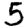
Digit: 5